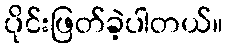
ပိုင်းဖြတ်ခဲ့ပါတယ်။